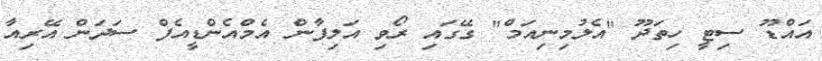
އައްޑޫ ސިޓީ ހިތަދޫ "އެލުމިނިއަމް" ގޭގައި ރޯވި އަލިފާން އެމްއެންޑީއެފް ސަދަން އޭރިއާ